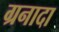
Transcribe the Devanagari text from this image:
ग्रनादा